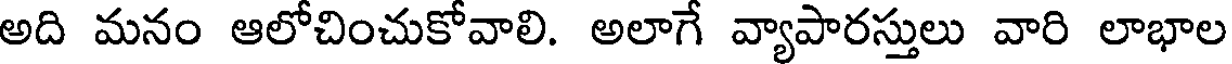
అది మనం ఆలోచించుకోవాలి. అలాగే వ్యాపారస్తులు వారి లాభాల